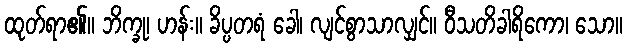
ထုတ်ရာ၏။ ဘိက္ခု၊ ဟန်း။ ခိပ္ပတရံ ခေါ၊ လျင်စွာသာလျှင်။ ဝီသတိခါရိကော၊ သော။